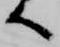
へ